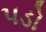
પડો